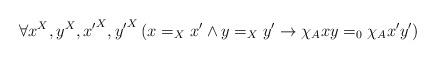
LaTeX: \begin{align*}\forall x^X,y^X,{x'}^X,{y'}^{X}\left(x=_X x'\land y=_Xy'\rightarrow \chi_Axy=_0 \chi_Ax'y'\right)\end{align*}